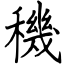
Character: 穖